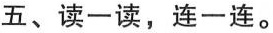
五、读-读，连一连。